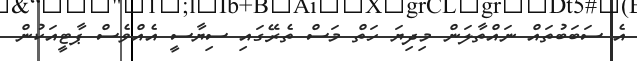
އެ ސަބަބުތައް ނައްތާލަން މިދިޔަ ހަތް މަސް ތެރޭގައި ސިޔާސީ އެއްވެސް ޕާޓީއަކުން